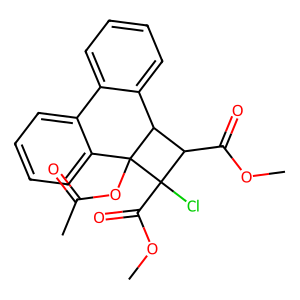
SMILES: COC(=O)C1C2c3ccccc3-c3ccccc3C2(OC(C)=O)C1(Cl)C(=O)OC
Inhibits HIV replication: No